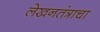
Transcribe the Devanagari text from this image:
लेखनतंत्राचा